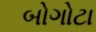
બોગોટા